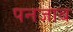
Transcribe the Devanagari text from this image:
पनजाब